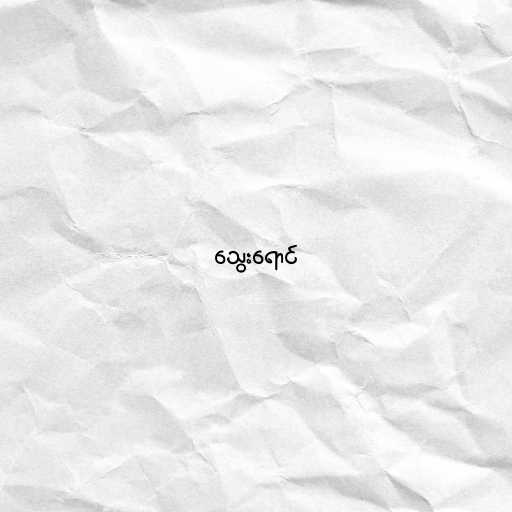
သွေးရောင်